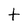
Character: t